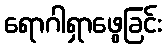
ရောဂါရှာဖွေခြင်း